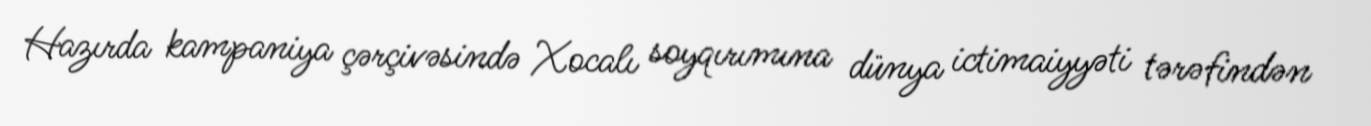
Hazırda kampaniya çərçivəsində Xocalı soyqırımına dünya ictimaiyyəti tərəfindən